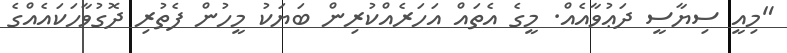
"މިއީ ސިޔާސީ ދަޢުވާއެއް. މީގެ އެތައް އަހަރެއްކުރިން ބަޔަކު މީހުން ފެތުރި ދޮގުވާހަކައެއްގެ